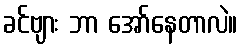
ခင်ဗျား ဘာ အော်နေတာလဲ။